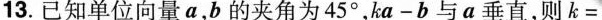
13.已知单位向量a,b角为45°,ka-ba与a直，则k=